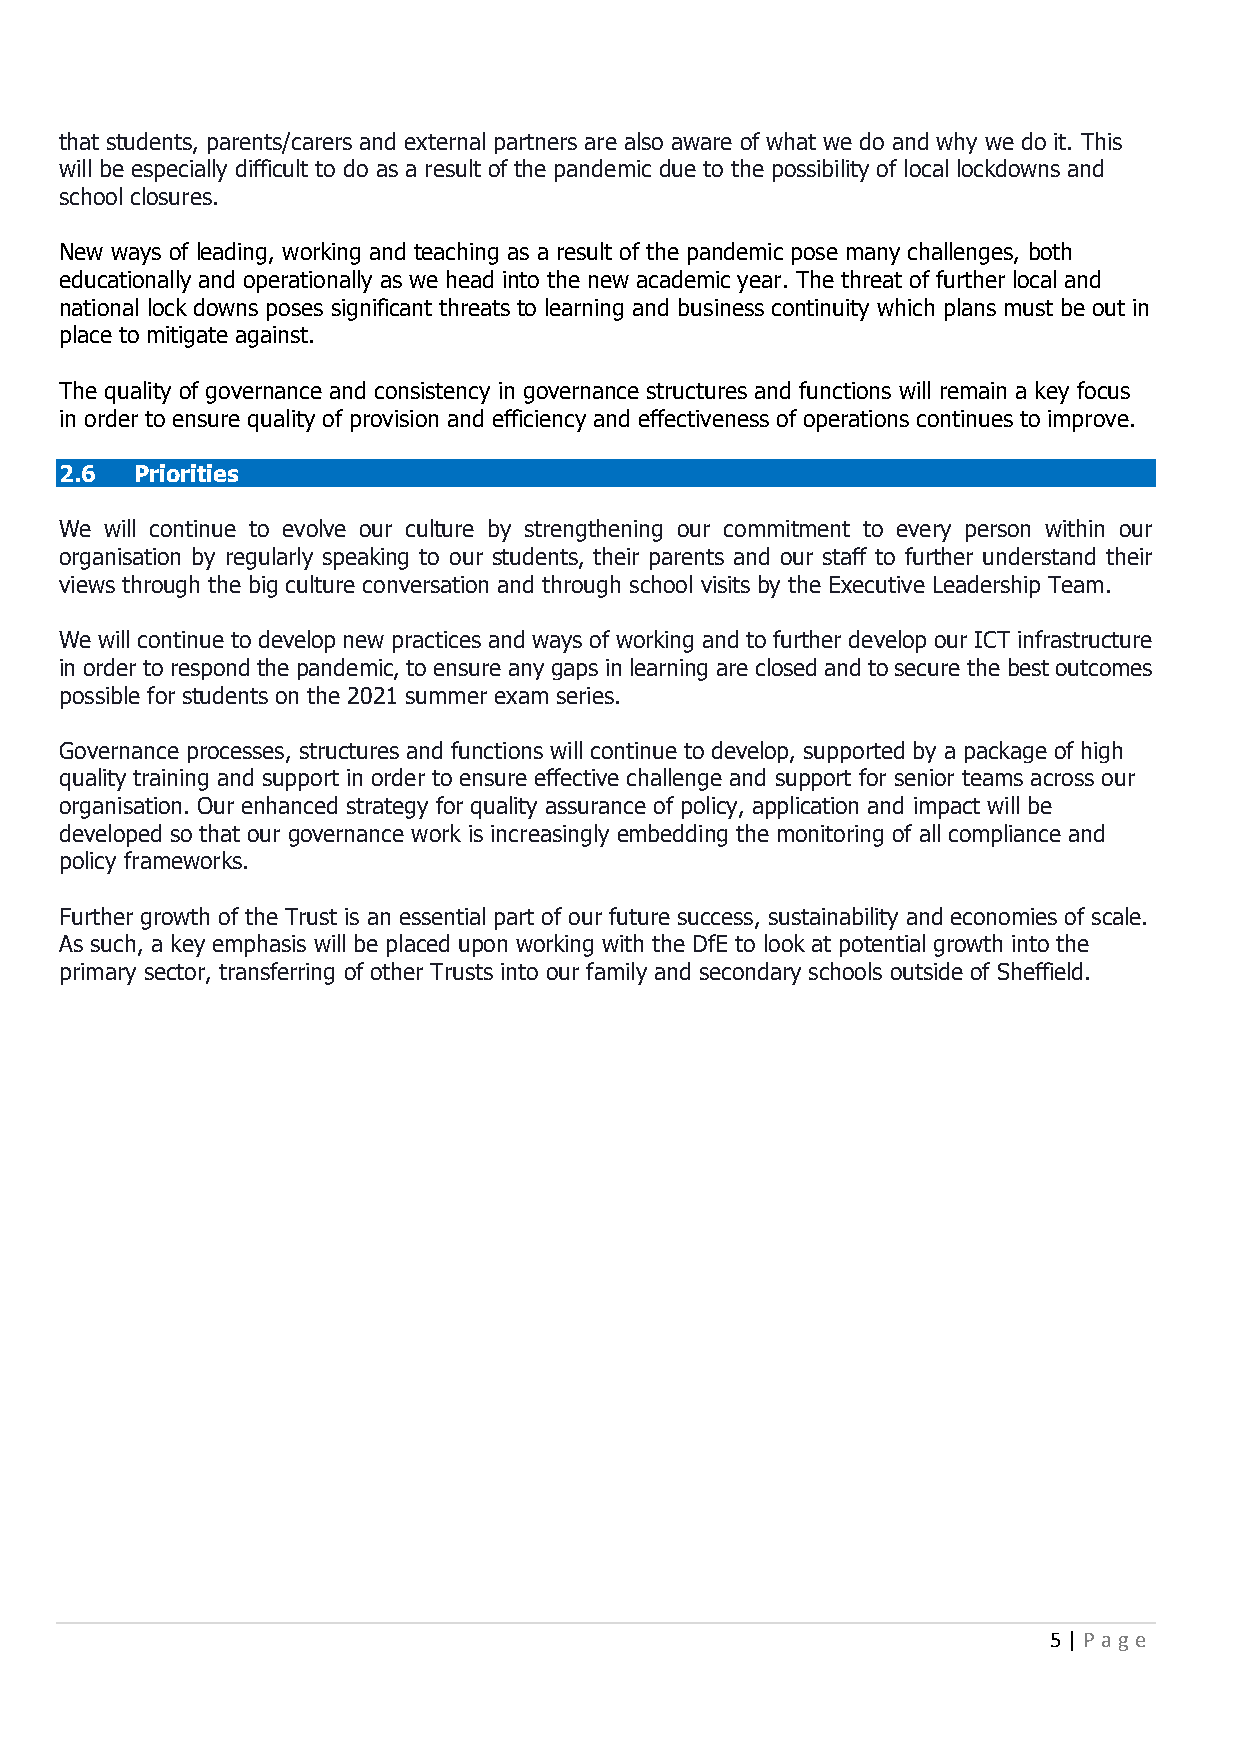
that students, parents/carers and external partners are also aware of what we do and why we do it. This
 will be especially difficult to do as a result of the pandemic due to the possibility of local lockdowns and
 school closures.
 New ways of leading, working and teaching as a result of the pandemic pose many challenges, both
 educationally and operationally as we head into the new academic year. The threat of further local and
 national lock downs poses significant threats to learning and business continuity which plans must be out in
 place to mitigate against.
 The quality of governance and consistency in governance structures and functions will remain a key focus
 in order to ensure quality of provision and efficiency and effectiveness of operations continues to improve.
 2.6  Priorities
 We will continue to evolve our culture by strengthening our commitment to every person within our
 organisation by regularly speaking to our students, their parents and our staff to further understand their
 views through the big culture conversation and through school visits by the Executive Leadership Team.
 We will continue to develop new practices and ways of working and to further develop our ICT infrastructure
 in order to respond the pandemic, to ensure any gaps in learning are closed and to secure the best outcomes
 possible for students on the 2021 summer exam series.
 Governance processes, structures and functions will continue to develop, supported by a package of high
 quality training and support in order to ensure effective challenge and support for senior teams across our
 organisation. Our enhanced strategy for quality assurance of policy, application and impact will be
 developed so that our governance work is increasingly embedding the monitoring of all compliance and
 policy frameworks.
 Further growth of the Trust is an essential part of our future success, sustainability and economies of scale.
 As such, a key emphasis will be placed upon working with the DfE to look at potential growth into the
 primary sector, transferring of other Trusts into our family and secondary schools outside of Sheffield.
 5 | P age